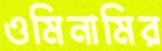
ওমিনামির